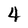
Character: 4